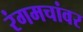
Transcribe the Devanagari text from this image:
रंगमचांवर